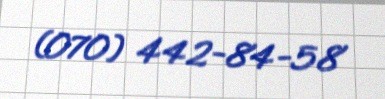
(070) 442-84-58